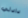
دادلي